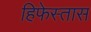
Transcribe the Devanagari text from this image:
हिफेस्तास